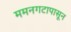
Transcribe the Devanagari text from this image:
ममनगटापासून